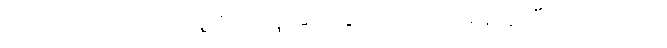
အထင်သေးတယ်၊ သူ့ကိုယ်သူ ဆင်ခြင်သုံးသပ်ရမယ်ဆိုပြီး ပြောတယ်။